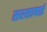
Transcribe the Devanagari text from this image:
सरसाबाई